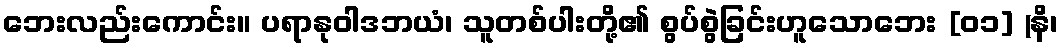
ဘေးလည်းကောင်း။ ပရာနုဝါဒဘယံ၊ သူတစ်ပါးတို့၏ စွပ်စွဲခြင်းဟူသောဘေး [၀၁] (နိ၊